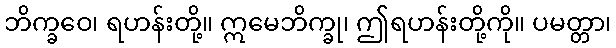
ဘိက္ခဝေ၊ ရဟန်းတို့။ ဣမေဘိက္ခု၊ ဤရဟန်းတို့ကို။ ပမတ္တာ၊